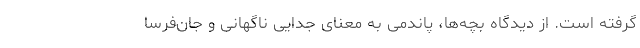
گرفته است. از دیدگاه بچه‌ها، پاندمی به معنای جدایی ناگهانی و جان‌فرسا